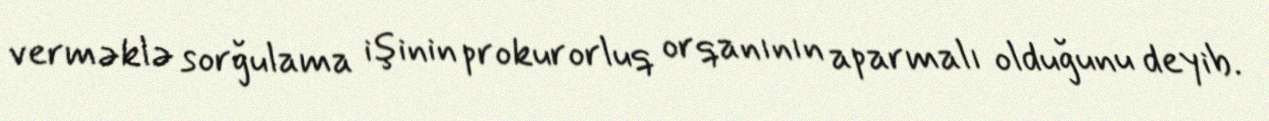
verməklə sorğulama işinin prokurorluq orqanının aparmalı olduğunu deyib.